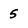
Character: 5